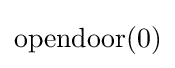
\mathrm {opendoor} (0)